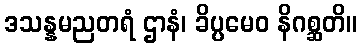
ဒသန္နမညတရံ ဌာနံ၊ ခိပ္ပမေဝ နိဂစ္ဆတိ။